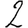
Digit: 2